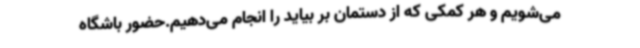
می‌شویم و هر کمکی که از دستمان بر بیاید را انجام می‌دهیم.حضور باشگاه